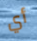
أي